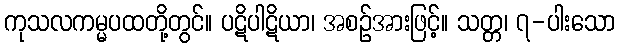
ကုသလကမ္မပထတို့တွင်။ ပဋိပါဋိယာ၊ အစဉ်အားဖြင့်။ သတ္တ၊ ၇-ပါးသော